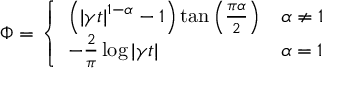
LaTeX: \Phi = { \left\{ \begin{array} { l l } { \left( | \gamma t | ^ { 1 - \alpha } - 1 \right) \tan \left( { \frac { \pi \alpha } { 2 } } \right) } & { \alpha \neq 1 } \\ { - { \frac { 2 } { \pi } } \log | \gamma t | } & { \alpha = 1 } \end{array} \right. }